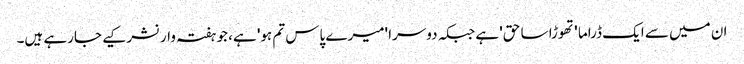
ان میں سے ایک ڈراما 'تھوڑا سا حق' ہے جبکہ دوسرا 'میرے پاس تم ہو' ہے، جو ہفتہ وار نشر کیے جارہے ہیں۔